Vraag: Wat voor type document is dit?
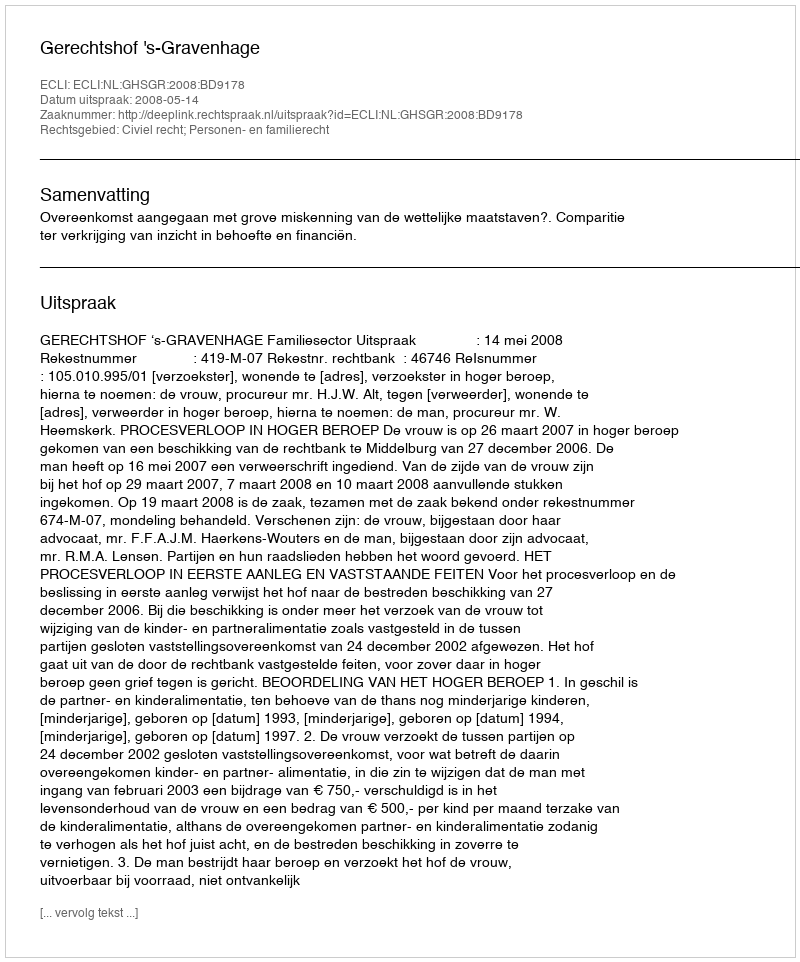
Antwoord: Uitspraak